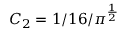
C _ { 2 } = 1 / 1 6 / \pi ^ { \frac { 1 } { 2 } }